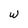
Character: w